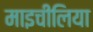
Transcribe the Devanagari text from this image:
माइचीलिया